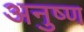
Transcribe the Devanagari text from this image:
अनुष्ण